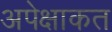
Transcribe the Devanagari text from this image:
अपेक्षाकत